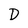
Character: D